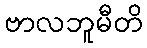
ဗာလဘူမီတိ